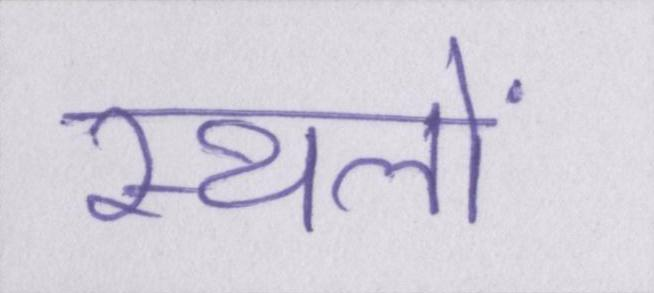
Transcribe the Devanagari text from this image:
स्थलों